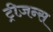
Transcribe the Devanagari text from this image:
ट्रीज़न्स